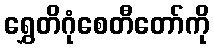
ရွှေတိဂုံစေတီတော်ကို